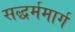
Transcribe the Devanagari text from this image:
सद्धर्ममार्ग